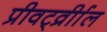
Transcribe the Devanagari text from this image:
प्रीवर्ट्व्रीाल